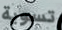
تسوية